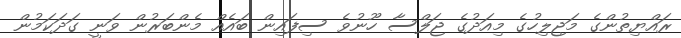
ރައްޔިތުންގެ މަޖިލިހުގެ މިއަދުގެ ޖަލްސާ ހޫނުވެ ސިފައިން ބައެއް މެންބަރުން ވަނީ ގަދަކަމުން